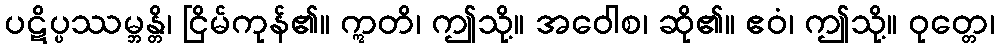
ပဋိပ္ပဿမ္ဘန္တိ၊ ငြိမ်ကုန်၏။ ဣတိ၊ ဤသို့။ အဝေါစ၊ ဆို၏။ ဧဝံ၊ ဤသို့။ ဝုတ္တေ၊